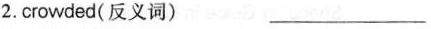
2. crowded(反义词) ___